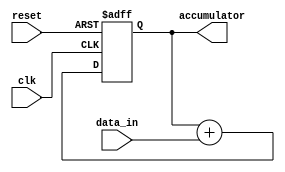
module cascaded_accumulator(
    input wire clk,
    input wire reset,
    input wire [7:0] data_in,
    output reg [15:0] accumulator
);

reg [15:0] accumulator_next;

always @(posedge clk or posedge reset) begin
    if (reset) begin
        accumulator <= 16'd0;
    end else begin
        accumulator <= accumulator_next;
    end
end

always @(*) begin
    accumulator_next = accumulator + data_in;
end

endmodule